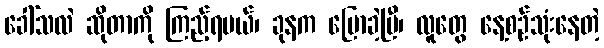
ခေါ်သလဲ ဆိုတာကို ကြည့်ရမယ်၊ ခုနက ပြောခဲ့ပြီ၊ လူတွေ နေ့စဉ်သုံးနေတဲ့